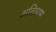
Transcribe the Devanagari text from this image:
अतिघाम